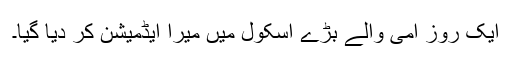
ایک روز امی والے بڑے اسکول میں میرا ایڈمیشن کر دیا گیا۔